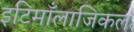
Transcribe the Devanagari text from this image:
इटिमाँलाजिकल